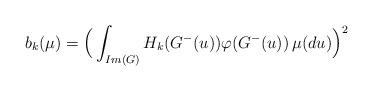
LaTeX: \begin{align*}b_k(\mu)=\Big(\int_{Im(G)}H_{k}(G^-(u))\varphi(G^-(u)) \, \mu(d u)\Big)^2\end{align*}